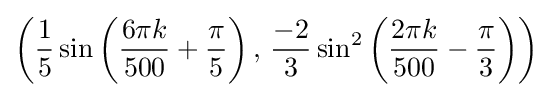
\left({\frac {1}{5}}\sin \left({\frac {6\pi k}{500}}+{\frac {\pi }{5}}\right),\,{\frac {-2}{3}}\sin ^{2}\left({\frac {2\pi k}{500}}-{\frac {\pi }{3}}\right)\right)